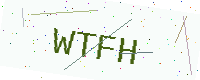
Text: WTFH